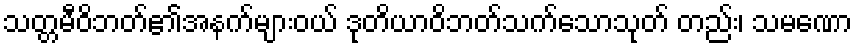
သတ္တမီဝိဘတ်၏အနက်များဝယ် ဒုတိယာဝိဘတ်သက်သောသုတ် တည်း၊ သမဏော